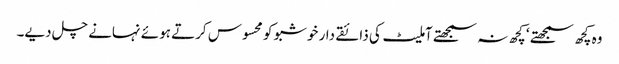
وہ کچھ سمجھتے ‘ کچھ نہ سمجھتے آملیٹ کی ذائقے دار خوشبو کو محسوس کرتے ہوئے نہانے چل دیے۔